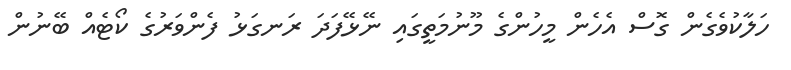
ހަލާކުވެގެން ގޮސް އެހެން މީހުންގެ މޫނުމަތީގައި ނޭޅޭފަދަ ރަނގަޅު ފެންވަރުގެ ކޯޓެއް ބޭނުން